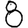
Digit: 8